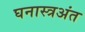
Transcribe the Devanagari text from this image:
घनास्त्रअंत